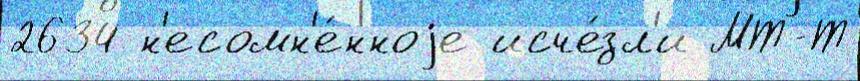
2634 н'есомн'е́нноjе исче́зл'и МТ-Т